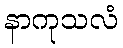
နာကုသလံ